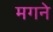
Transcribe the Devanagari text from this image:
मगने